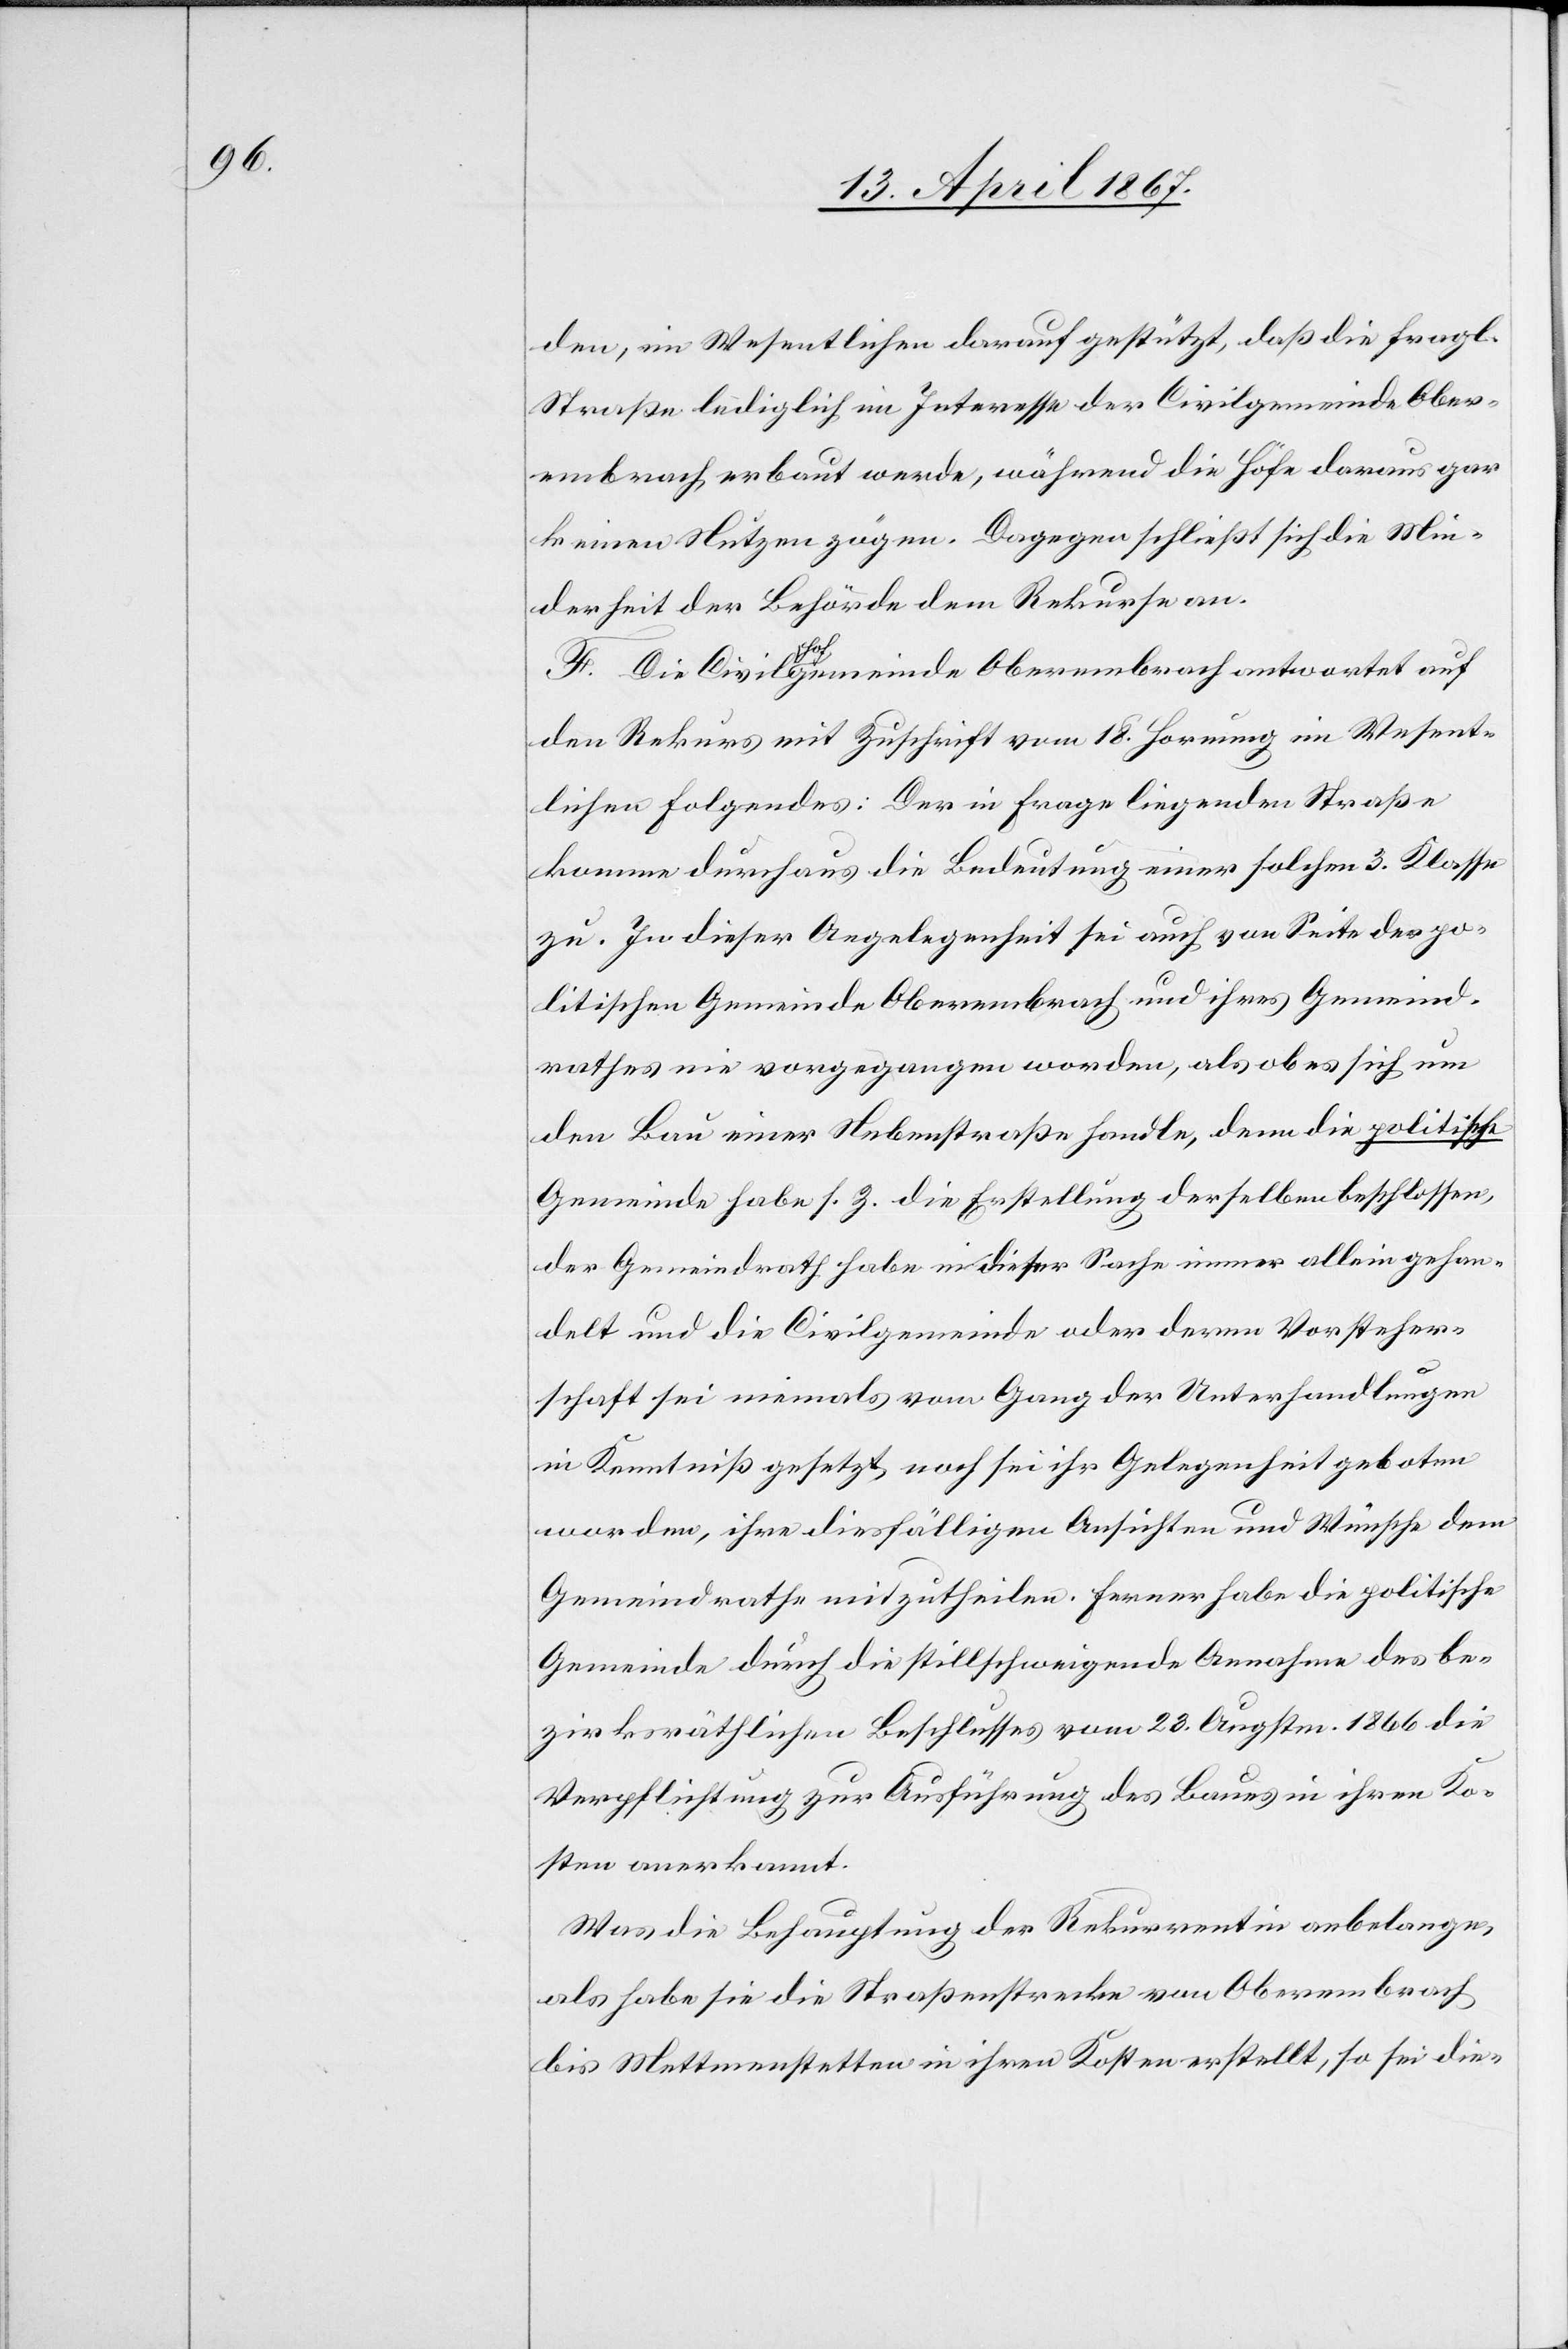
den, im Wesentlichen darauf gestützt, daß die fragl.
Straße lediglich im Interesse der Civilgemeinde Ober¬
embrach erbaut werde, während die Höfe daraus gar
keinen Nutzen zögen. Dagegen schließt sich die Min¬
derheit der Behörde dem Rekurse an.
F. Die Civilhofgemeinde Oberembrach antwortet auf
den Rekurs mit Zuschrift vom 18. Hornung im Wesent¬
lichen folgendes: Der in Frage liegenden Straße
komme durchaus die Bedeutung einer solchen 3. Klasse
zu. In dieser Angelegenheit sei auch von Seite der po¬
litischen Gemeinde Oberembrach und ihres Gemeind¬
rathes nie vorgegangen worden, als ob es sich um
den Bau einer Nebenstraße handle, denn die politische
Gemeinde habe s. Z. die Erstellung derselben beschlossen,
der Gemeindrath habe in dieser Sache immer allein gehan¬
delt und die Civilgemeinde oder deren Vorsteher¬
schaft sei niemals vom Gang der Unterhandlungen
in Kenntniß gesetzt noch sei ihr Gelegenheit geboten
worden, ihre diesfälligen Ansichten und Wünsche dem
Gemeindrathe mitzutheilen. Ferner habe die politische
Gemeinde durch die stillschweigende Annahme des be¬
zirksräthlichen Beschlusses vom 28. Augustm. 1866 die
Verpflichtung zur Ausführung des Baues in ihren Ko¬
sten anerkannt.
Was die Behauptung der Rekurrentin anbelange,
als habe sie die Straßenstrecke von Oberembrach
bis Mettmenstetten in ihren Kosten erstellt, so sei die-